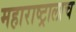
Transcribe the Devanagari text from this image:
महाराष्ट्रालाच